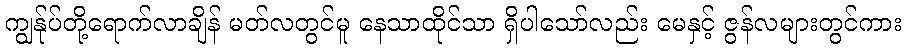
ကျွန်ုပ်တို့ရောက်လာချိန် မတ်လတွင်မူ နေသာထိုင်သာ ရှိပါသော်လည်း မေနှင့် ဇွန်လများတွင်ကား